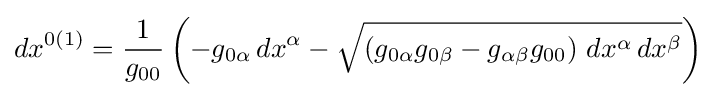
dx^{0(1)}={\frac {1}{g_{00}}}\left(-g_{0\alpha }\,dx^{\alpha }-{\sqrt {\left(g_{0\alpha }g_{0\beta }-g_{\alpha \beta }g_{00}\right)\,dx^{\alpha }\,dx^{\beta }}}\right)